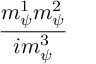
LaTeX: \frac { m _ { \psi } ^ { 1 } m _ { \psi } ^ { 2 } } { i m _ { \psi } ^ { 3 } }